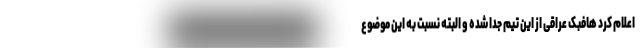
اعلام کرد هافبک عراقی از این تیم جدا شده و البته نسبت به این موضوع